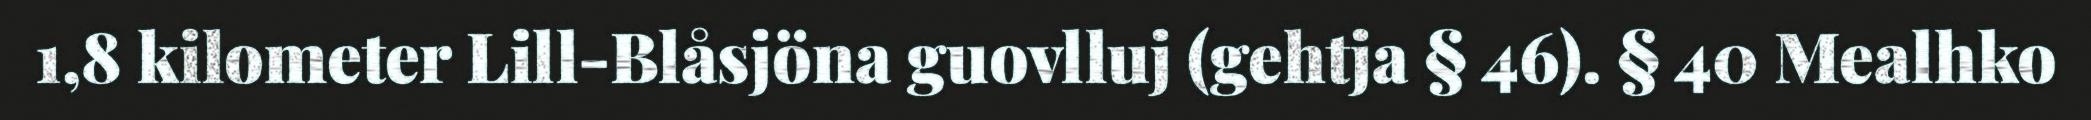
1,8 kilometer Lill-Blåsjöna guovlluj (gehtja § 46). § 40 Mealhko